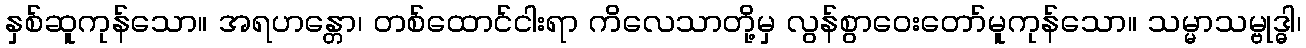
နှစ်ဆူကုန်သော။ အရဟန္တော၊ တစ်ထောင်ငါးရာ ကိလေသာတို့မှ လွန်စွာဝေးတော်မူကုန်သော။ သမ္မာသမ္ဗုဒ္ဓါ၊